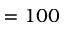
= 1 0 0